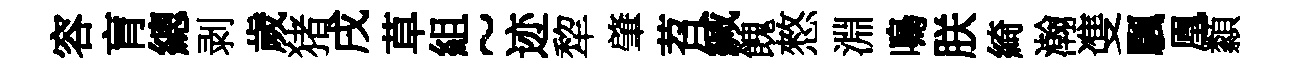
容肓總剥歲猪戌草組~迹犂肇苕緘餽憗淵鳴朕綺瀚㕠颿凰纇